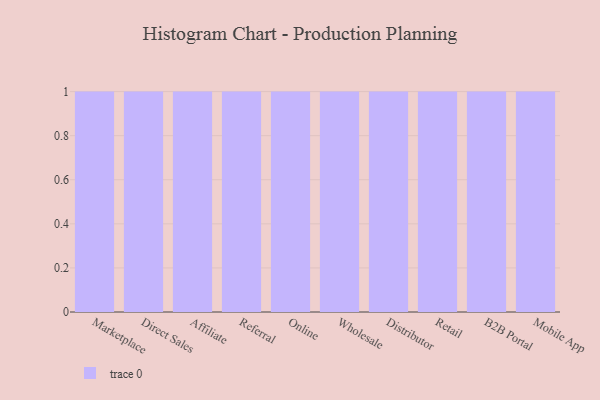
{"axis": {"x": "Channel", "y": "Headcount"}, "legend": [""], "data": [{"x": "Marketplace", "y": 58, "type": ""}, {"x": "Direct Sales", "y": 6, "type": ""}, {"x": "Affiliate", "y": 74, "type": ""}, {"x": "Referral", "y": 60, "type": ""}, {"x": "Online", "y": 26, "type": ""}, {"x": "Wholesale", "y": 50, "type": ""}, {"x": "Distributor", "y": 45, "type": ""}, {"x": "Retail", "y": 87, "type": ""}, {"x": "B2B Portal", "y": 99, "type": ""}, {"x": "Mobile App", "y": 73, "type": ""}]}